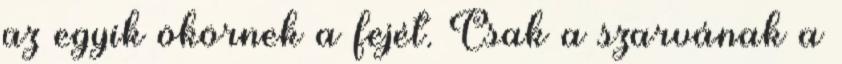
az egyik ökörnek a fejét. Csak a szarvának a